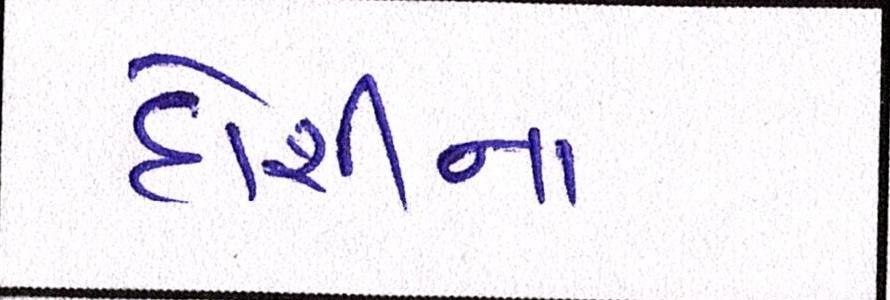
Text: દોશીના